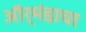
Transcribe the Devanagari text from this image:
ऑर्मंडाचा